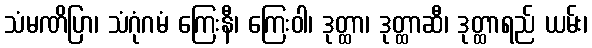
သံမဏိပြာ၊ သံဂုံဂမံ ကြေးနီ၊ ကြေးဝါ၊ ဒုတ္ထာ၊ ဒုတ္ထာဆီ၊ ဒုတ္ထာရည် ယမ်း၊